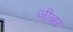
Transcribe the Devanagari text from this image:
जीब्स